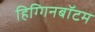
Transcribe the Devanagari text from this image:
हिग्गिनबॉटम